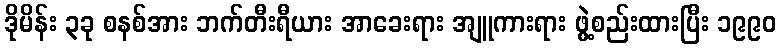
ဒိုမိန်း ၃ခု စနစ်အား ဘက်တီးရီယား အာခေးရား အျူကားရား ဖွဲ့စည်းထားပြီး ၁၉၉၀